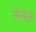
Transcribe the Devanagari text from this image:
नेमेले